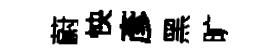
蔚怏彥黑旷